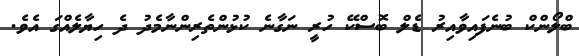
ބްލޯންކް ބުނެފައިވާއިރު ޑެލް ބޮސްކޭ ހުރީ ނަގާނެ ކުޅުންތެރިންނާމެދު ދެ ހިޔާލެއްގަ އެވެ.